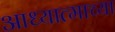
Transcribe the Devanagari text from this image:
आध्यात्माच्या